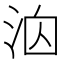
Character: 𪵻